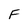
Character: F